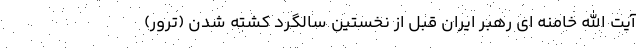
آیت الله خامنه ای رهبر ایران قبل از نخستین سالگرد کشته شدن (ترور)